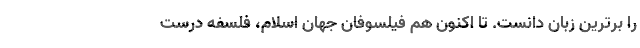
را برترین زبان دانست. تا اکنون هم فیلسوفان جهان اسلام، فلسفه درست